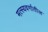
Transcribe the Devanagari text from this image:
मत्स्यवर्गातील